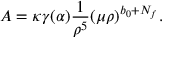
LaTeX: { \cal A } = \kappa \gamma ( \alpha ) \frac { 1 } { \rho ^ { 5 } } ( \mu \rho ) ^ { b _ { 0 } + N _ { f } } .